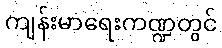
ကျန်းမာရေးကဏ္ဍတွင်